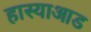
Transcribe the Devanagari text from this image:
हास्याआड